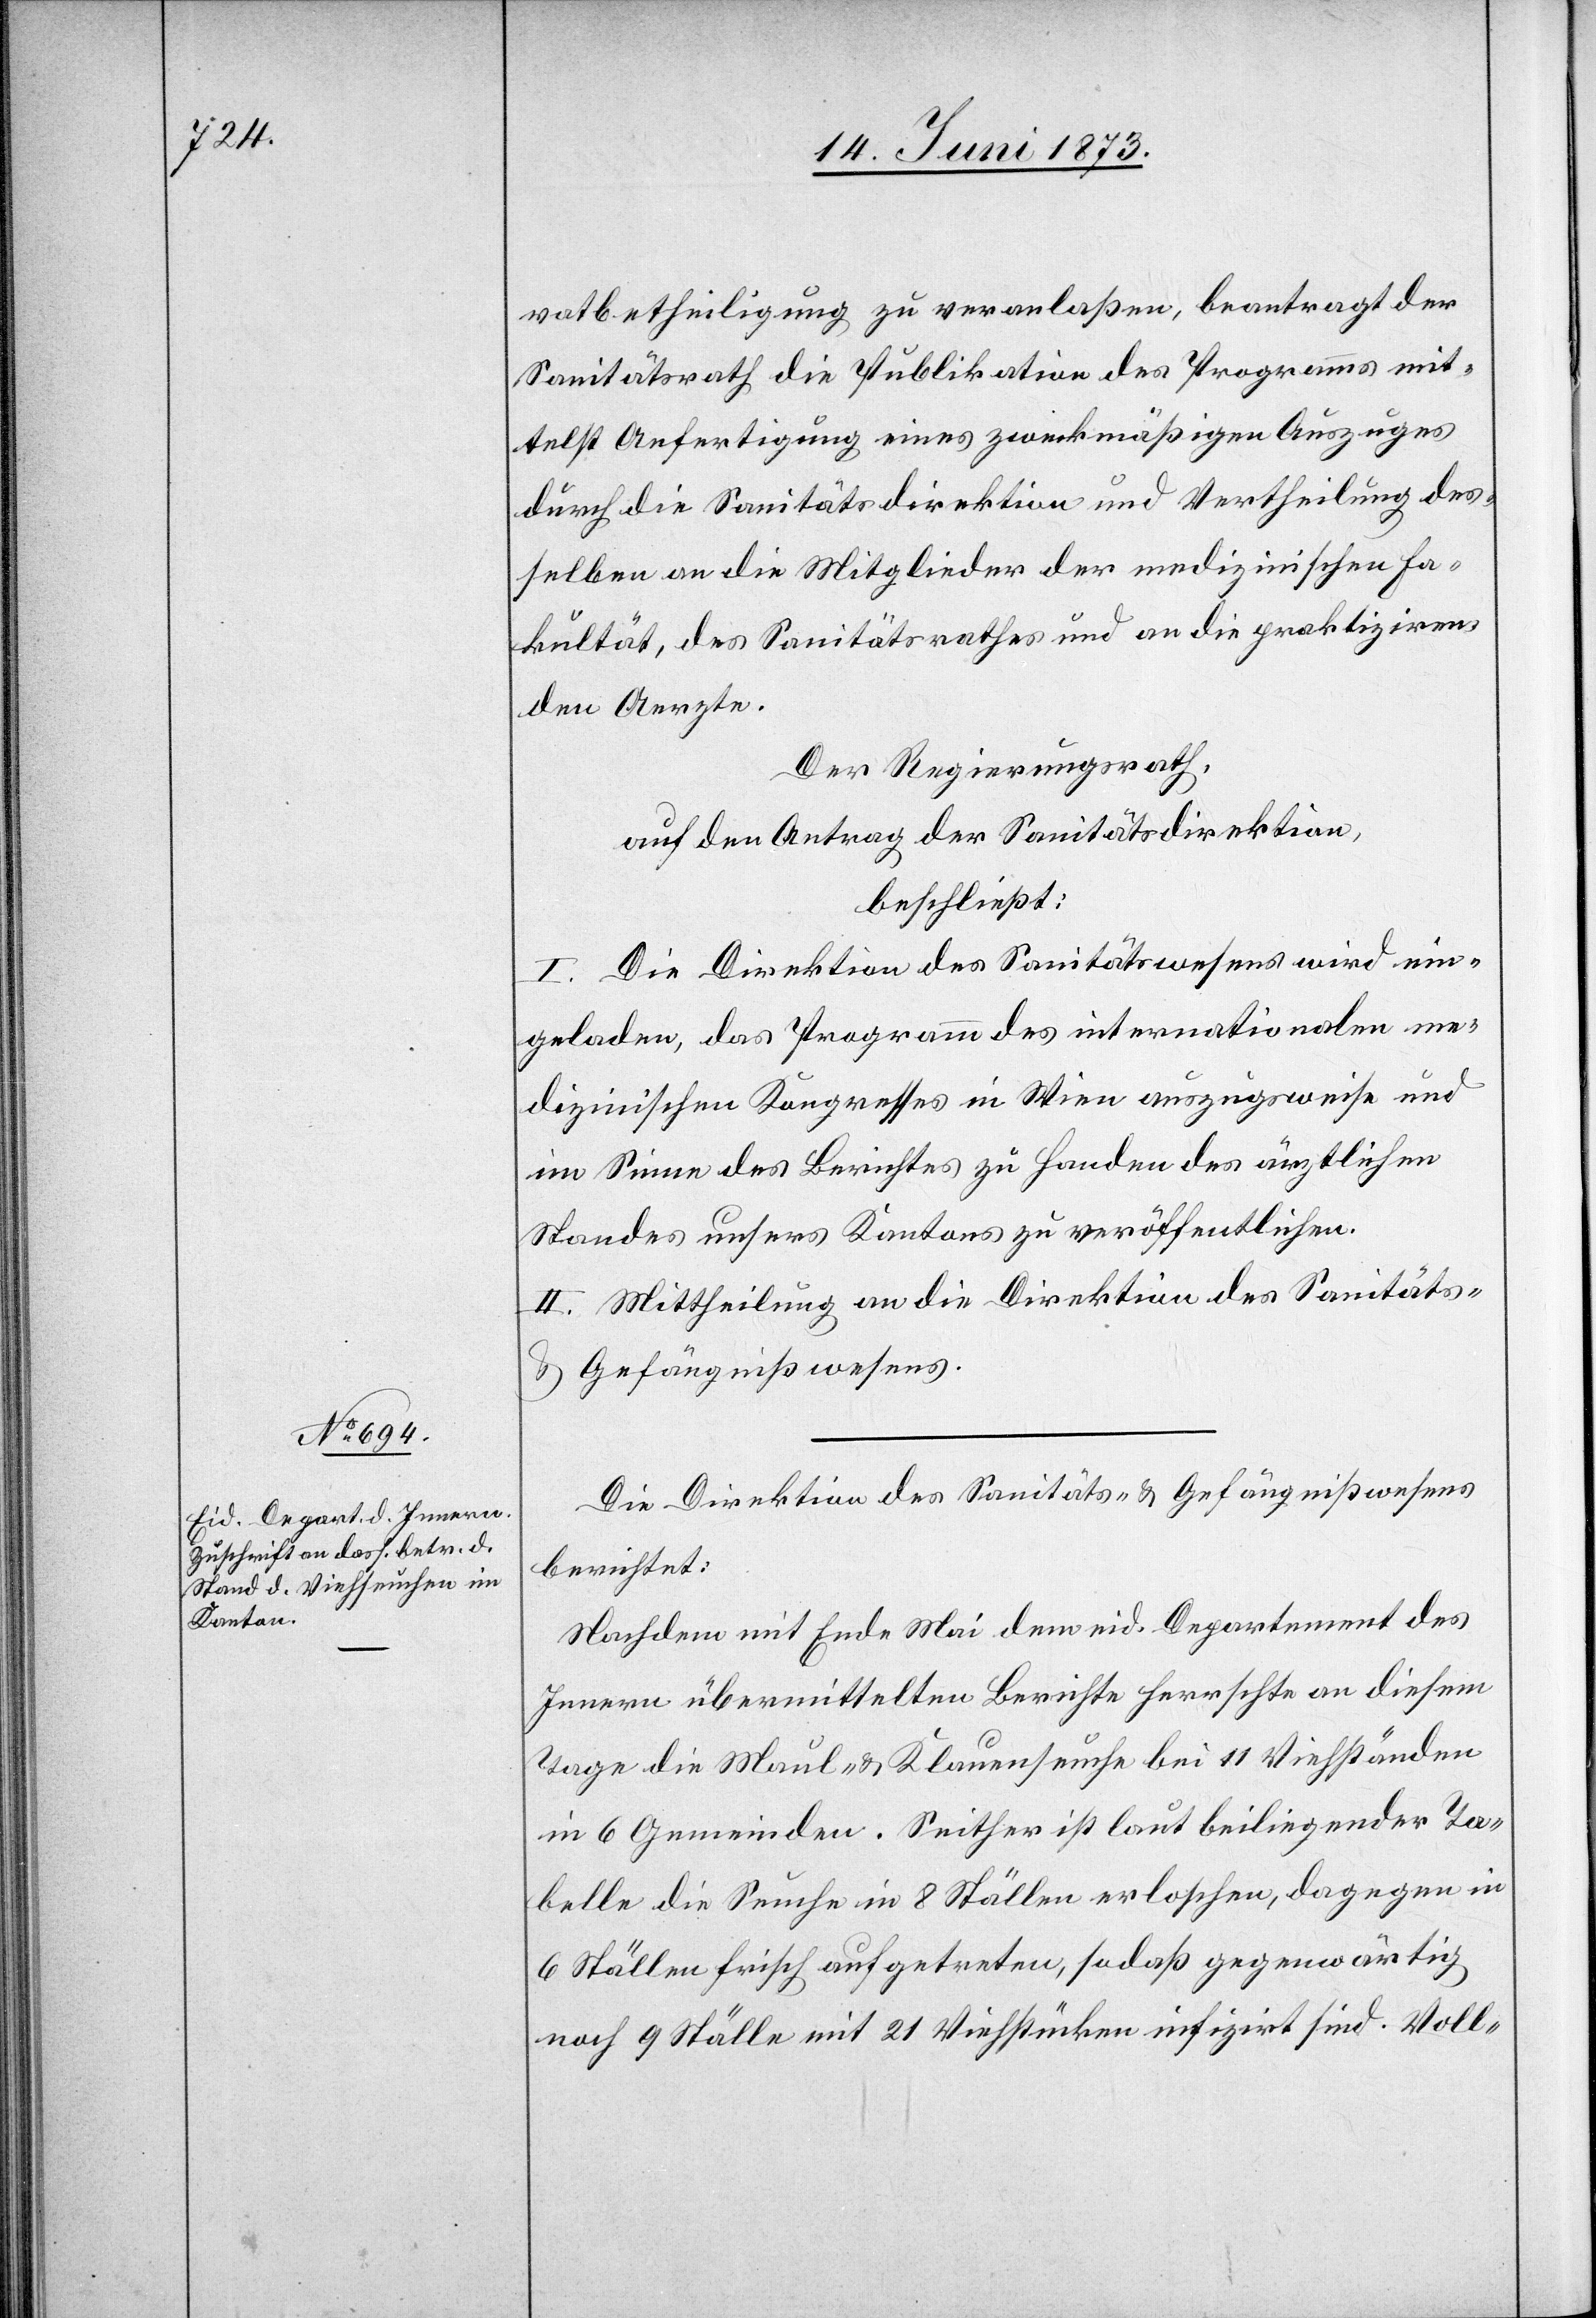
vatbetheiligung zu veranlaßen, beantragt der
Sanitätsrath die Publikation des Programms mit¬
telst Anfertigung eines zweckmäßigen Auszuges
durch die Sanitätsdirektion und Vertheilung des¬
selben an die Mitglieder der medizinischen Fa¬
kultät, des Sanitätsrathes und an die praktiziren¬
den Aerzte.
Der Regierungsrath,
auf den Antrag der Sanitätsdirektion,
beschließt:
I. Die Direktion des Sanitätswesens wird ein¬
geladen, das Programm des internationalen me¬
dizinischen Kongresses in Wien auszugsweise und
im Sinne des Berichtes zu Handen des ärztlichen
Standes unsers Kantons zu veröffentlichen.
II. Mittheilung an die Direktion des Sanitäts-
& Gefängnißwesens.
Die Direktion des Sanitäts- & Gefängnißwesens
berichtet:
Nachdem mit Ende Mai dem eid. Departement des
Innern übermittelten Berichte herrschte an diesem
Tage die Maul- & Klauenseuche bei 11 Viehständen
in 6 Gemeinden. Seither ist laut beiliegender Ta¬
belle die Seuche in 8 Ställen erloschen, dagegen in
6 Ställen frisch aufgetreten, sodaß gegenwärtig
noch 9 Ställe mit 21 Viehstücken infizirt sind. Voll-